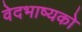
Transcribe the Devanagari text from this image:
वेदभाष्यको